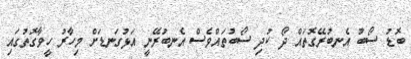
ބޮޑު ސޯބު އެނބުރޭގޮތައް ދޯ ކުދި ސޯބުތައްވެސް އެނބުރޭނީ އަޅުގަނޑަށް މިހާރު ހީވާގޮތުގައި